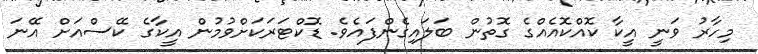
މިހާރު ވަނީ އީކާ ކޮއްކޮއެއްގެ ގޮތުން ބަލައިގެންފައެވެ. ޑޮކްޓަރަކަށްވުމުން އީކާގެ ކޭސްއަށް އޭނަ